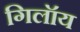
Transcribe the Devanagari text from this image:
गिलॉय